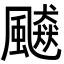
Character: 飇